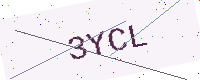
Text: 3YCL